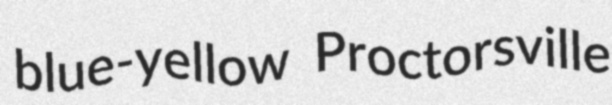
blue-yellow Proctorsville